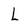
Character: L